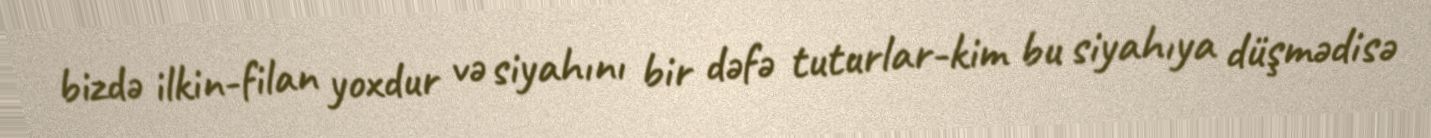
bizdə ilkin-filan yoxdur və siyahını bir dəfə tuturlar-kim bu siyahıya düşmədisə